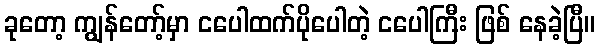
ခုတော့ ကျွန်တော့်မှာ ငပေါထက်ပိုပေါတဲ့ ငပေါကြီး ဖြစ် နေခဲ့ပြီ။